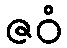
ဇဝံ